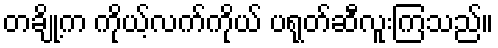
တချို့က ကိုယ့်လက်ကိုယ် ပရုတ်ဆီလူးကြသည်။